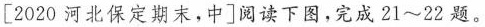
[2020河北保定期末，中]阅读下图，完成21~22题。